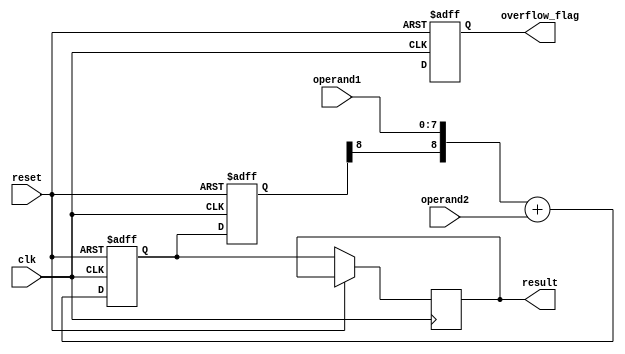
module carry_detect_adder (
    input wire clk,
    input wire reset,
    input wire [7:0] operand1,
    input wire [7:0] operand2,
    output reg [8:0] result,
    output reg overflow_flag
);

reg [9:0] sum;
reg [8:0] carry;

always @(posedge clk or posedge reset) begin
    if (reset) begin
        sum <= 10'b0;
        carry <= 9'b0;
        overflow_flag <= 1'b0;
    end else begin
        sum <= {carry[8], operand1} + operand2;
        carry <= sum[8:0];
        result <= sum;
        overflow_flag <= carry[9];
    end
end

endmodule